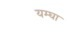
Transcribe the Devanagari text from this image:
यम्घा